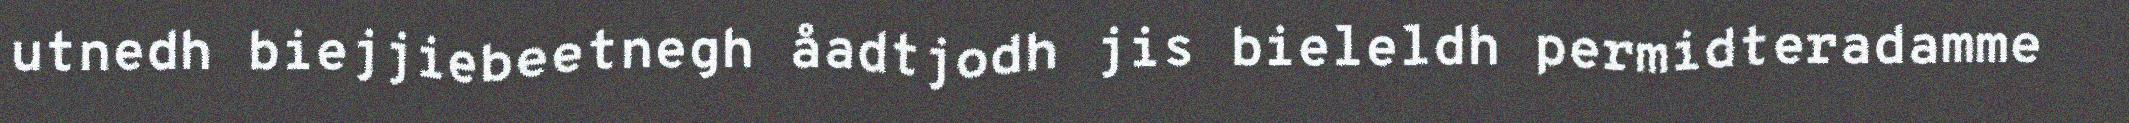
utnedh biejjiebeetnegh åadtjodh jis bieleldh permidteradamme